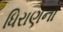
ધિરાણનો